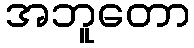
အဘူတော